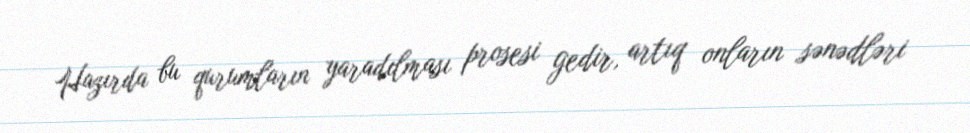
Hazırda bu qurumların yaradılması prosesi gedir, artıq onların sənədləri